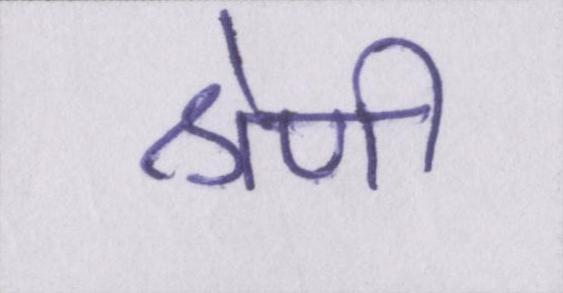
श्रेणी